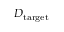
D _ { \mathrm { t a r g e t } }